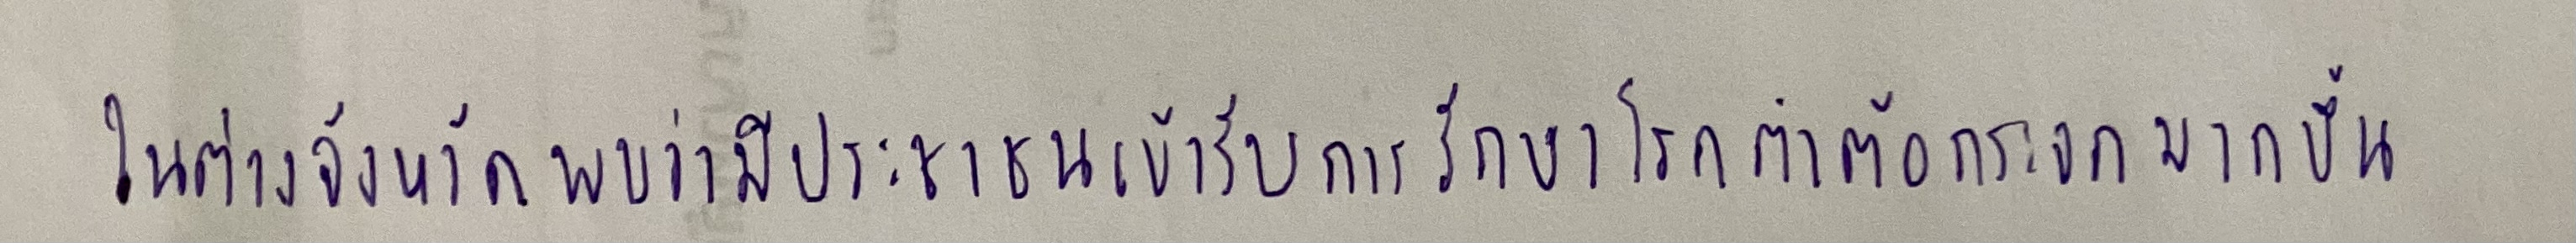
ในต่างจังหวัดพบว่ามีประชาชนเข้ารับการรักษาโรคตาต้อกระจกมากขึ้น